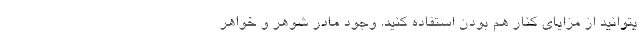
یتوانید از مزایای کنار هم بودن استفاده کنید. وجود مادر شوهر و خواهر